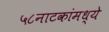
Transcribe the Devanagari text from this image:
५८नाटकांमध्ये